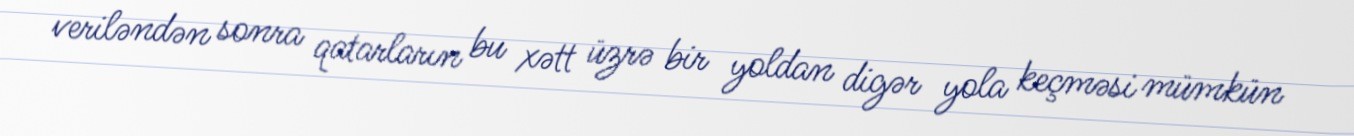
veriləndən sonra qatarların bu xətt üzrə bir yoldan digər yola keçməsi mümkün